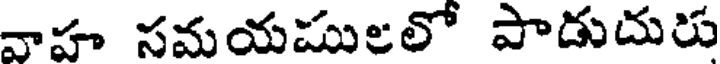
వాహ సమయములలో పాడుదురు